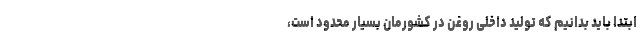
ابتدا باید بدانیم که تولید داخلی روغن در کشورمان بسیار محدود است،